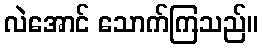
လဲအောင် သောက်ကြသည်။